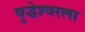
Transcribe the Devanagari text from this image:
वृद्धेश्‍वरला